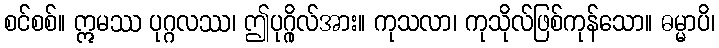
စင်စစ်။ ဣမဿ ပုဂ္ဂလဿ၊ ဤပုဂ္ဂိုလ်အား။ ကုသလာ၊ ကုသိုလ်ဖြစ်ကုန်သော။ ဓမ္မာပိ၊